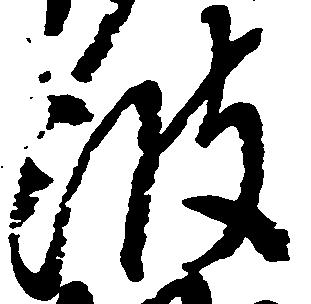
波